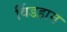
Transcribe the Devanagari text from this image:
विंडहाम